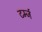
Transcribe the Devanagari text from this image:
टर्म्ज